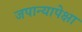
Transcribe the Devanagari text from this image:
जपान्यापेक्षा